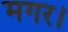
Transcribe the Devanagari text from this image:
मगर।